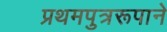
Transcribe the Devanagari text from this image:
प्रथमपुत्ररूपाने